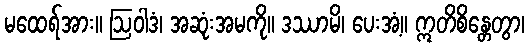
မထေရ်အား။ ဩဝါဒံ၊ အဆုံးအမကို။ ဒဿာမိ၊ ပေးအံ့။ ဣတိစိန္တေတွာ၊